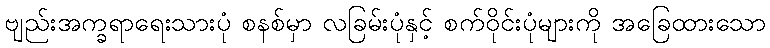
ဗျည်းအက္ခရာရေးသားပုံ စနစ်မှာ လခြမ်းပုံနှင့် စက်ဝိုင်းပုံများကို အခြေထားသော